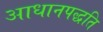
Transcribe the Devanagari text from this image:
आधानपद्धति